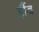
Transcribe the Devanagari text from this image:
हौंद